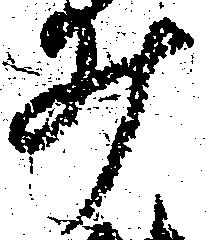
井